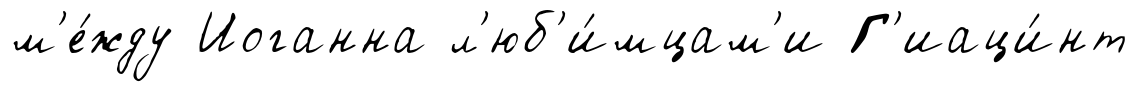
м'е́жду Иоганна л'юб'и́мцам'и Г'иаци́нт